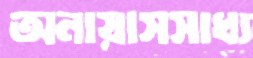
অনায়াসসাধ্য